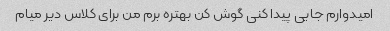
امیدوارم جایی پیدا کنی گوش کن بهتره برم من برای کلاس دیر میام